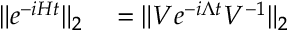
\begin{array} { r l } { \| e ^ { - i H t } \| _ { 2 } } & { { } = \| V e ^ { - i \Lambda t } V ^ { - 1 } \| _ { 2 } } \end{array}